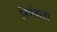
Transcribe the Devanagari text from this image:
निर्भकता